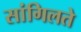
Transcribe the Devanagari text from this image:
सांगिलते